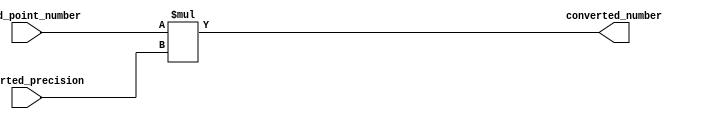
module fixed_point_converter (
    input         signed [31:0] fixed_point_number,
    input         signed [31:0] converted_precision,
    output  reg  signed [31:0] converted_number
);

// parameterizable properties
parameter integer_bits = 16;
parameter fraction_bits = 16;

// arithmetic operations to manipulate fixed-point numbers
always @(*) begin
    converted_number = fixed_point_number * converted_precision;
end

endmodule